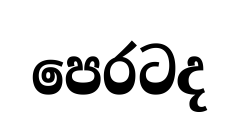
පෙරටද